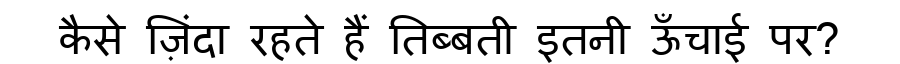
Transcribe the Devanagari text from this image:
कैसे ज़िंदा रहते हैं तिब्बती इतनी ऊँचाई पर?